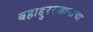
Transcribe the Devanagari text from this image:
बहाद्दुररखानाचा